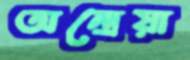
অন্দ্রেয়া